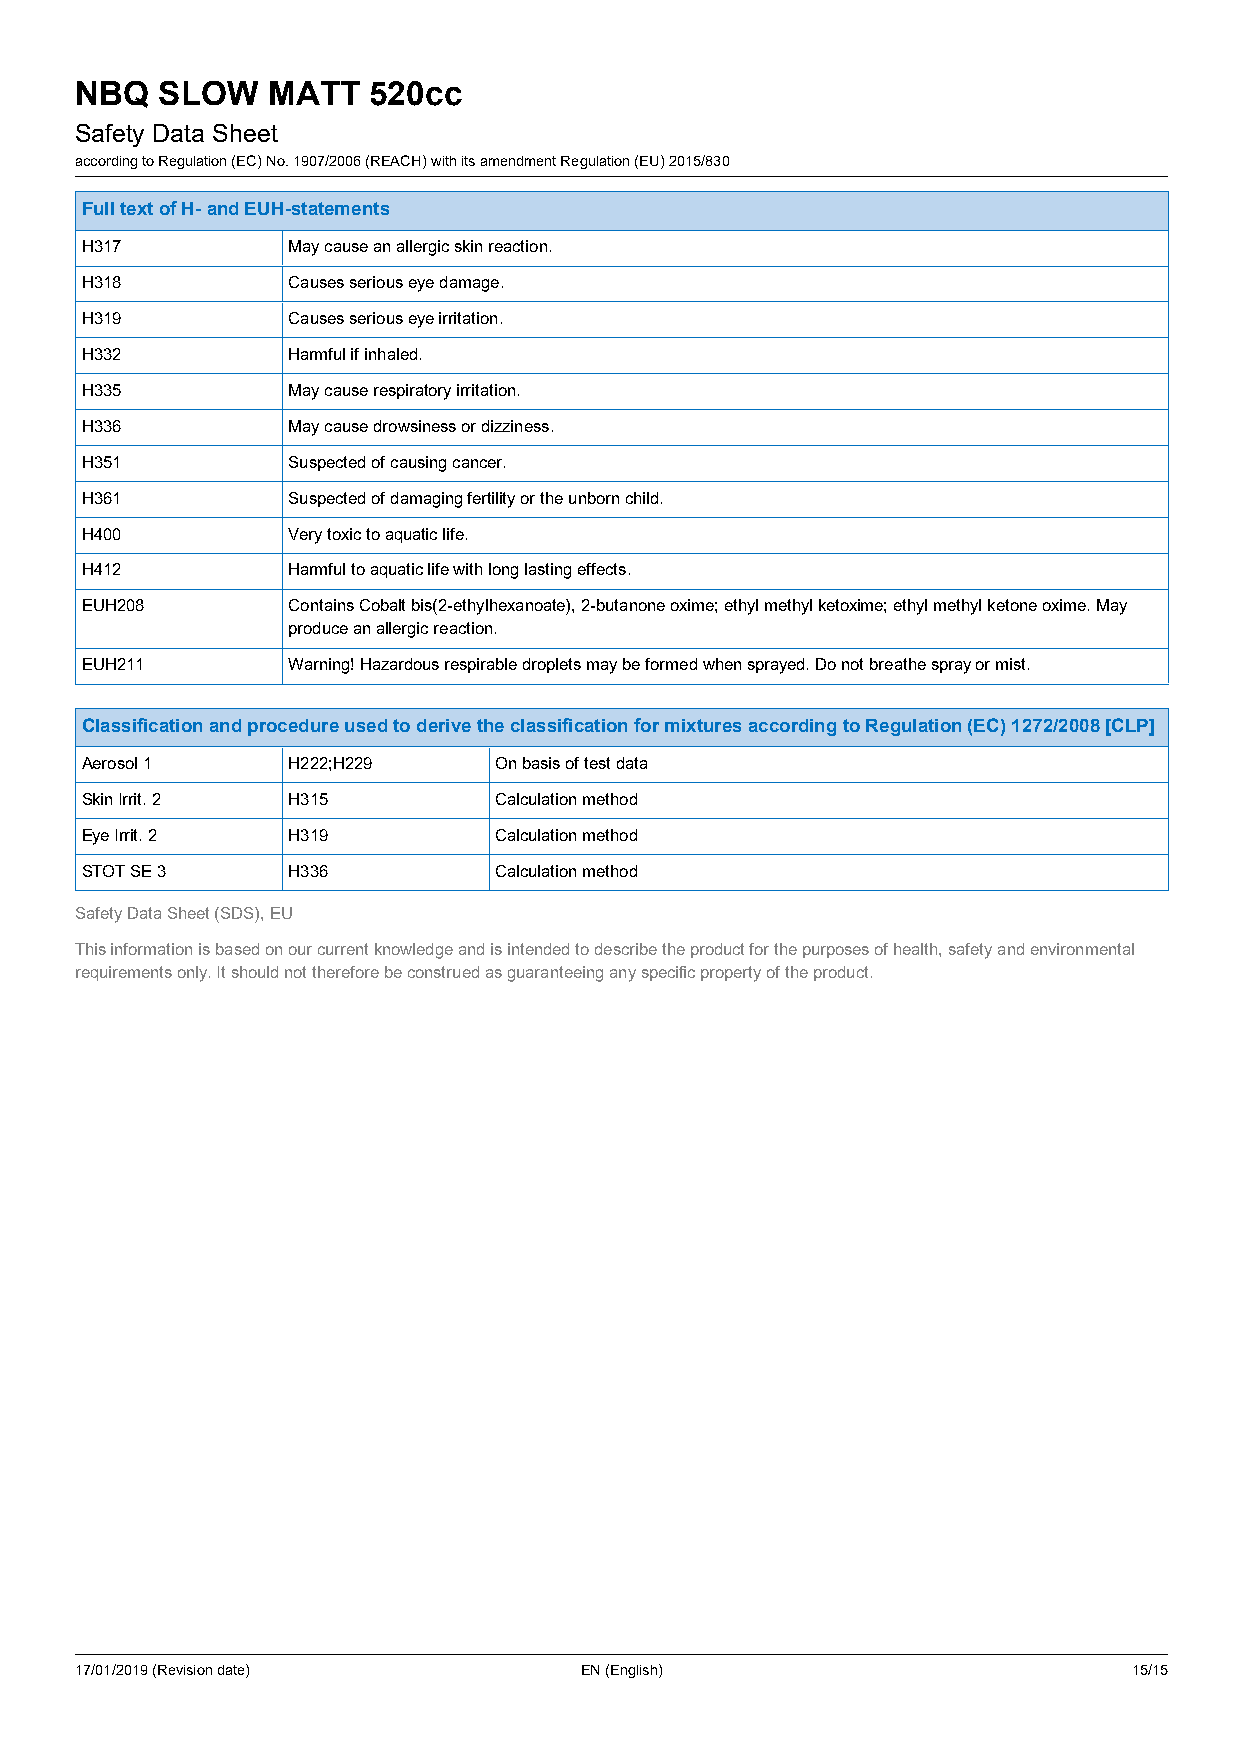
NBQ  SLOW    MATT  520cc
 Safety Data Sheet
 according to Regulation (EC) No. 1907/2006 (REACH) with its amendment Regulation (EU) 2015/830
 Full text of H- and EUH-statements
 H317          May cause an allergic skin reaction.
 H318          Causes serious eye damage.
 H319          Causes serious eye irritation.
 H332          Harmful if inhaled.
 H335          May cause respiratory irritation.
 H336          May cause drowsiness or dizziness.
 H351          Suspected of causing cancer.
 H361          Suspected of damaging fertility or the unborn child.
 H400          Very toxic to aquatic life.
 H412          Harmful to aquatic life with long lasting effects.
 EUH208        Contains Cobalt bis(2-ethylhexanoate), 2-butanone oxime; ethyl methyl ketoxime; ethyl methyl ketone oxime. May
 produce an allergic reaction.
 EUH211        Warning! Hazardous respirable droplets may be formed when sprayed. Do not breathe spray or mist.
 Classification and procedure used to derive the classification for mixtures according to Regulation (EC) 1272/2008 [CLP]
 Aerosol 1     H222;H229     On basis of test data
 Skin Irrit. 2 H315          Calculation method
 Eye Irrit. 2  H319          Calculation method
 STOT SE 3     H336          Calculation method
 Safety Data Sheet (SDS), EU
 This information is based on our current knowledge and is intended to describe the product for the purposes of health, safety and environmental
 requirements only. It should not therefore be construed as guaranteeing any specific property of the product.
 17/01/2019 (Revision date)       EN (English)                         15/15